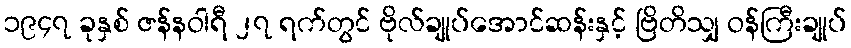
၁၉၄၇ ခုနှစ် ဇန်နဝါရီ ၂၇ ရက်တွင် ဗိုလ်ချုပ်အောင်ဆန်းနှင့် ဗြိတိသျှ ဝန်ကြီးချုပ်